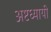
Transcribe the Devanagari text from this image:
अष्टध्यायी